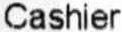
CASHIER